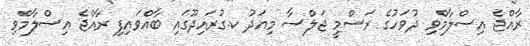
ރާއްޖެ އިސްލާމްވި ދުވަހުގެ ރަސްމީ ޖަލްސާ މިއަދު ކ.ގުރައިދޫގައި ބާއްވައިފި ރާއްޖެ އިސްލާމްވި